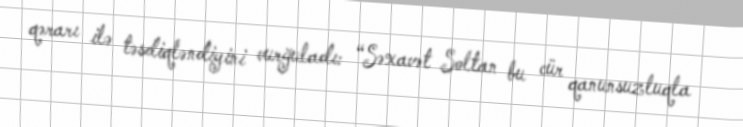
qərarı ilə təsdiqləndiyini vurğuladı: “Səxavət Soltan bu cür qanunsuzluqla